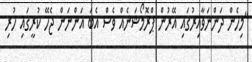
"މިހެން ދަންނަވާއިރުގައި އޭރުން ޕްރޮމޯޝަނެއް ވެސް އެބަ އަންނަން ޖެހޭ ކުރީގައި ހުރި